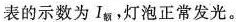
的示数为I_{额}，灯泡正常发光。